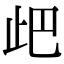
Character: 𣥘